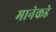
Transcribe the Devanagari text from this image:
मानेकडे